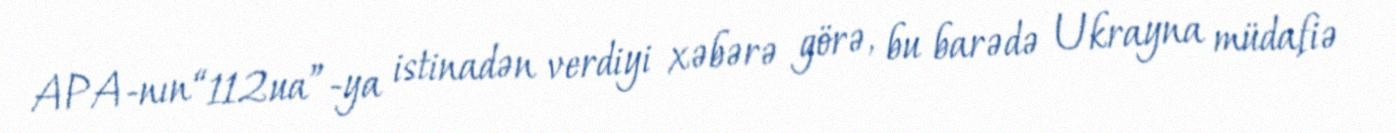
APA-nın “112ua”-ya istinadən verdiyi xəbərə görə, bu barədə Ukrayna müdafiə